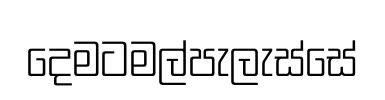
දෙමටමල්පැලැස්සේ